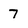
Character: 7